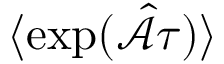
\langle \exp ( { \hat { \mathcal A } } \tau ) \rangle